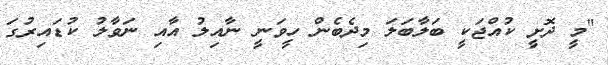
"މީ ދޮށީ ކުއްޖަކީ ބަލާބަލަ މިދެބެން ހީވަނީ ނާއިލު އާއި ނަވާލު ކުޑައިރުގަ